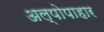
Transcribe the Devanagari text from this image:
अल्पोपाहार